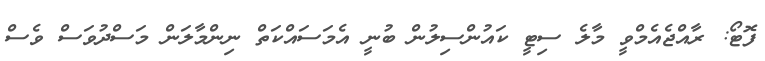
ފޮޓޯ: ރާއްޖެއެމްވީ މާލެ ސިޓީ ކައުންސިލުން ބުނީ އެމަސައްކަތް ނިންމާލަން މަސްދުވަސް ވެސް